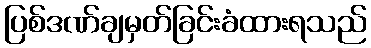
ပြစ်ဒဏ်ချမှတ်ခြင်းခံထားရသည်